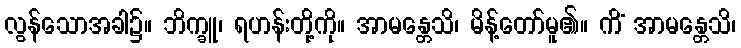
လွန်သောအခါ၌။ ဘိက္ခူ၊ ရဟန်းတို့ကို။ အာမန္တေသိ၊ မိန့်တော်မူ၏။ ကိံ အာမန္တေသိ၊